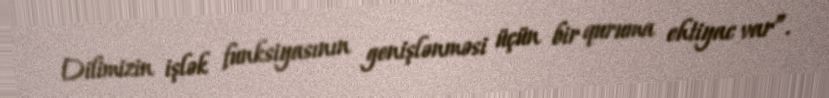
Dilimizin işlək funksiyasının genişlənməsi üçün bir quruma ehtiyac var”.